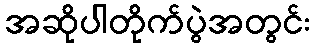
အဆိုပါတိုက်ပွဲအတွင်း